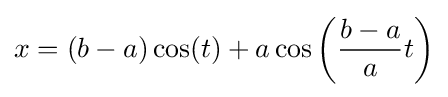
x=(b-a)\cos(t)+a\cos \left({\frac {b-a}{a}}t\right)